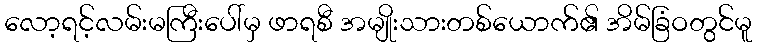
လော့ရင့်လမ်းမကြီးပေါ်မှ ဖာရစီ အမျိုးသားတစ်ယောက်၏ အိမ်ခြံဝတွင်မူ